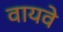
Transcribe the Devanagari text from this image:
वायवे